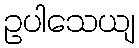
ဥပါသေယျ